Lunatic asylums Punjab 1895-1910 - 1895-1910
Year: 1895
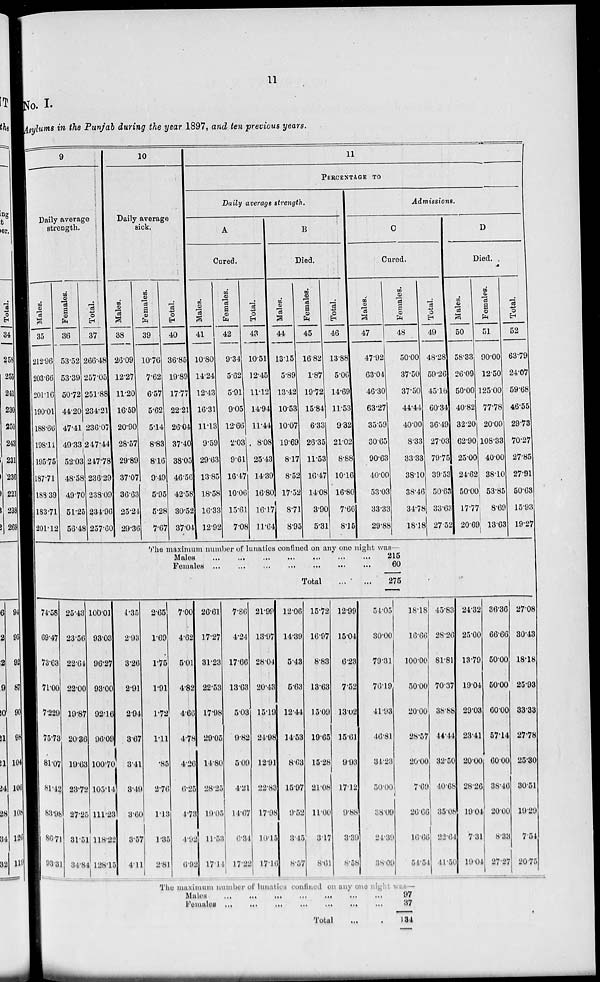
11
No. 1.
Asylums in the Punjab during the year 1897, and ten previous years.
9
Daily average
strength.
Males.
35
212.96
203.66
201.16
190.01
188.66
198.11
195.75
187.71
188.39
183.71
201.12
Females.
36
53.52
53.39
50.72
44.20
47.41
49.33
52.03
48.58
49.70
51.25
56.48
Total.
37
266.48
257.05
251.88
234.21
236.07
247.44
247.78
236.29
238.09
234.96
257.60
10
Daily average
sick.
Males.
38
26.09
12.27
11.20
16.59
20.90
28.57
29.89
37.07
36.63
25.24
29.36
74.58
69.47
73.68
71.00
72.29
75.73
81.07
81.42
83.98
86.71
93.31
25.43
23.66
22.64
22.00
19.87
20.86
19.63
23.72
27.25
31.51
34.84
100.01
93.03
96.27
93.00
92.16
96.09
100.70
105.14
111.21
118.29
128.15
4.35
2.93
8.26
2.91
2.94
3.67
3.41
3.49
3.60
3.57
4.11
Females.
39
10.76
7.62
6.57
5.62
5.14
8.83
8.16
9.49
5.95
5.28
7.67
Total.
40
36.85
19.89
17.77
22.21
26.04
37.40
38.05
46.56
42.58
30.52
37.04
11
PERCENTAGE TO
Daily average strength.
A
Cured.
Males.
41
10.80
14.24
12.43
16.31
11.13
9.59
29.63
13.85
18.58
16.33
12.92
Females.
42
9.34
5.62
5.91
9.05
12.66
2.03
9.61
16.47
10.06
15.61
7.08
Total.
43
10.51
12.45
11.12
14.94
11.44
8.08
25.43
14.39
16.80
16.17
11.64
B
Died.
Males.
44
13.15
5.89
13.42
10.53
10.07
19.69
8.17
8.52
17.52
8.71
8.95
Females.
45
16.82
1.87
19.72
15.84
6.33
26.35
11.53
16.47
14.08
3.90
5.31
Total.
46
13.88
5.06
14.69
11.53
9.32
21.02
8.88
10.16
16.80
7.66
8.15
Admissions.
C
Cured.
Males.
47
47.92
63.04
46.30
63.27
35.59
30.65
90.63
40.00
53.03
33.33
29.88
Females.
48
50.00
37.50
37.50
44.44
40.00
8.33
33.33
38.10
38.46
34.78
18.18
The maximum number of lunatics confined on any one night was—
Males ... ... ... ... ... ... ...
females
...
...
...
...
...
...
...
2.65
1.69
1.75
1.91
1.72
1.11
.85
2.76
1.18
1.35
2.81
7.00
4.62
5.01
4.82
4.60
4.78
4.26
6.25
4.73
4.92
6.92
26.61
17.27
31.23
22.53
17.98
29.05
14.80
28.25
19.05
11.53
17.14
7.86
4.24
17.66
13.63
5.08
9.82
5.09
4.21
14.67
6.34
17.22
21.99
18.97
28.04
20.48
15.19
24.96
12.91
22.83
17.98
10.15
17.16
12.06
14.39
5.43
5.63
12.44
14.53
8.63
15.97
9.52
3.45
8.57
Total
15.72
16.97
8.83
13.63
15.09
10.65
15.28
21.08
11.00
3.17
8.61
... ...
12.99
15.04
6.23
7.52
13.02
15.61
9.93
17.12
9.88
3.31
8.58
54.05
30.00
79.31
70.19
41.93
46.81
34.23
50.00
38.09
24.39
38.09
215
60
275
18.18
16.66
100.00
50.00
20.00
28.57
20.00
7.69
26.66
16.66
54.54
The maximum number of lunatics confined on any one night was—
Males
...
...
...
...
...
...
...
Females
...
...
...
...
...
...
...
Total ...
97
37
134
Total.
49
48.28
59.26
45.16
60.34
36.49
27.03
79.75
39.53
50.63
33.63
27.52
D
Died.
Males.
50
58.33
26.09
50.00
40.82
32.20
62.90
25.00
24.62
50.00
17.77
20.69
Females.
51
90.00
12.50
125.00
77.78
20.00
108.33
40.00
38.10
53.85
8.69
13.63
Total.
52
63.79
24.07
59.68
46.55
29.73
70.27
27.85
27.91
50.68
15.93
19.27
45.83
28.20
81.81
70.37
38.88
44.44
32.50
40.68
35.08
22.64
41.50
24.32
25.00
13.79
19.04
29.03
23.41
20.00
28.26
19.04
7.31
19.04
36.36
66.66
50.00
50.00
60.00
57.14
60.00
38.46
20.00
8.33
27.27
27.08
30.43
18.18
25.98
33.33
27.78
25.30
30.51
19.29
7.54
20.75